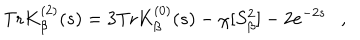
\mathrm { T r } K _ { \beta } ^ { ( 2 ) } ( s ) = 3 \mathrm { T r } K _ { \beta } ^ { ( 0 ) } ( s ) - \chi [ S _ { \beta } ^ { 2 } ] - 2 e ^ { - 2 s } ,